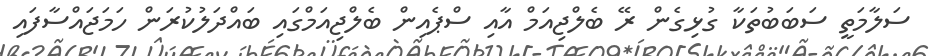
ސަލާމަތީ ސަބަބުތަކާ ގުޅިގެން ރޭ ބެލްޖިއަމް އާއި ސްޕެއިން ބެލްޖިއަމްގައި ބައްދަލުކުރަން ހަމަޖައްސާފައި